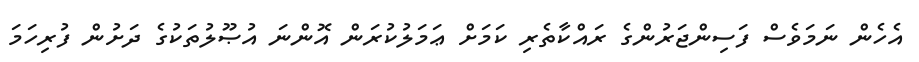
އެހެން ނަމަވެސް ފަސިންޖަރުންގެ ރައްކާތެރި ކަމަށް ޢަމަލުކުރަން އޮންނަ އުޞޫލުތަކުގެ ދަށުން ފުރިހަމަ